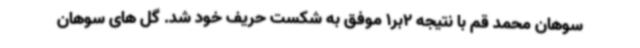
سوهان محمد قم با نتیجه 2بر1 موفق به شکست حریف خود شد. گل های سوهان